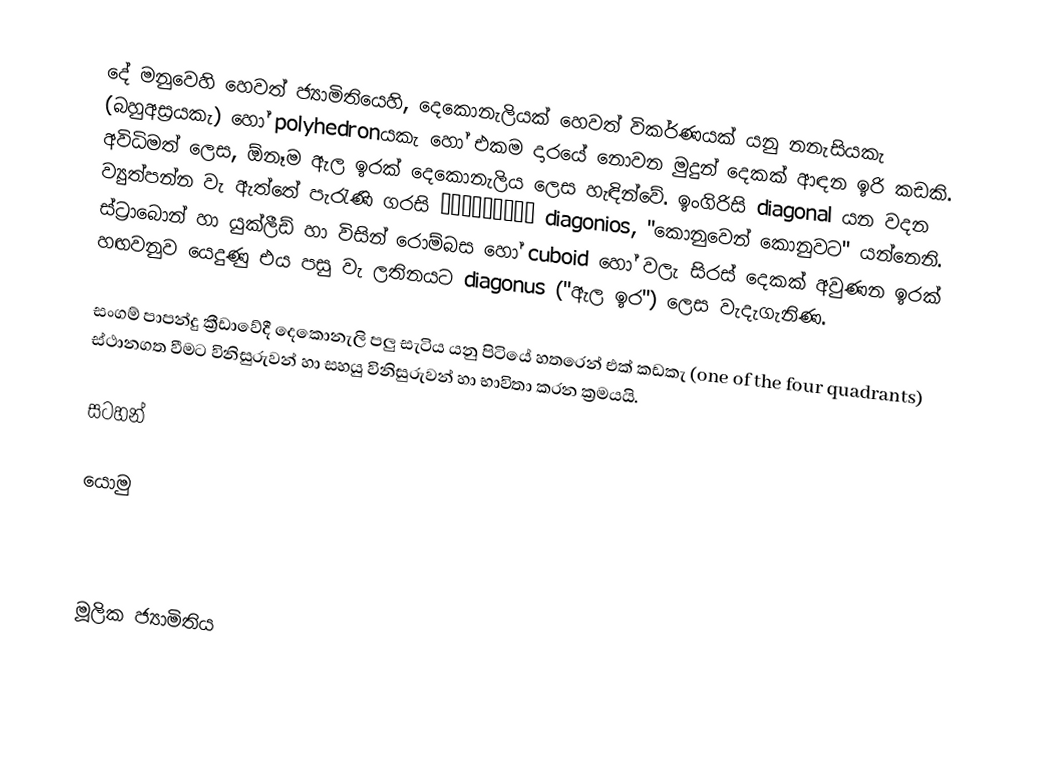
දේ මනුවෙහි හෙවත් ජ්‍යාමිතියෙහි, දෙකොනැලියක් හෙවත් විකර්ණයක් යනු නනැසියකැ (බහුඅස්‍රයකැ) හෝ polyhedronයකැ හෝ එකම දාරයේ නොවන මුදුන් දෙකක් ආඳන ඉරි කඩකි. අවිධිමත් ලෙස, ඕනෑම ඇල ඉරක් දෙකොනැලිය ලෙස හැඳින්වේ. ඉංගිරිසි diagonal යන වදන ව්‍යුත්පන්න වැ ඇත්තේ පැරැණි ගරසි διαγώνιος diagonios,  "කොනුවෙන් කොනුවට" යන්නෙනි. ස්ට්‍රාබොන් හා යුක්ලීඩ් හා විසින් රොම්බස හෝ cuboid හෝ වලැ සිරස් දෙකක් අවුණන ඉරක් හඟවනුව යෙදුණු එය පසු වැ ලතිනයට diagonus ("ඇල ඉර") ලෙස වැදැගැනිණ.

සංගම් පාපන්දු ක්‍රීඩාවේදී දෙකොනැලි පලු සැටිය යනු පිටියේ හතරෙන් එක් කඩකැ (one of the four quadrants) ස්ථානගත වීමට විනිසුරුවන් හා සහයු විනිසුරුවන් හා භාවිතා කරන ක්‍රමයයි.

සටහන්

යොමු

මූලික ජ්‍යාමිතිය